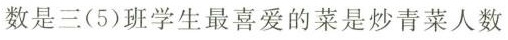
数是三(5)班学生最喜爱的菜是炒青菜人数